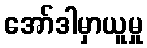
အော်ဒါမှာယူမှု